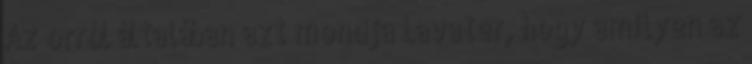
Az orról általában azt mondja Lavater, hogy amilyen az